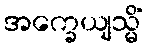
အက္ခေယျသ္မိံ